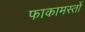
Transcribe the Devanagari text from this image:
फाकामस्तों